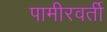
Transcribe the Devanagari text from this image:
पामीरवर्ती